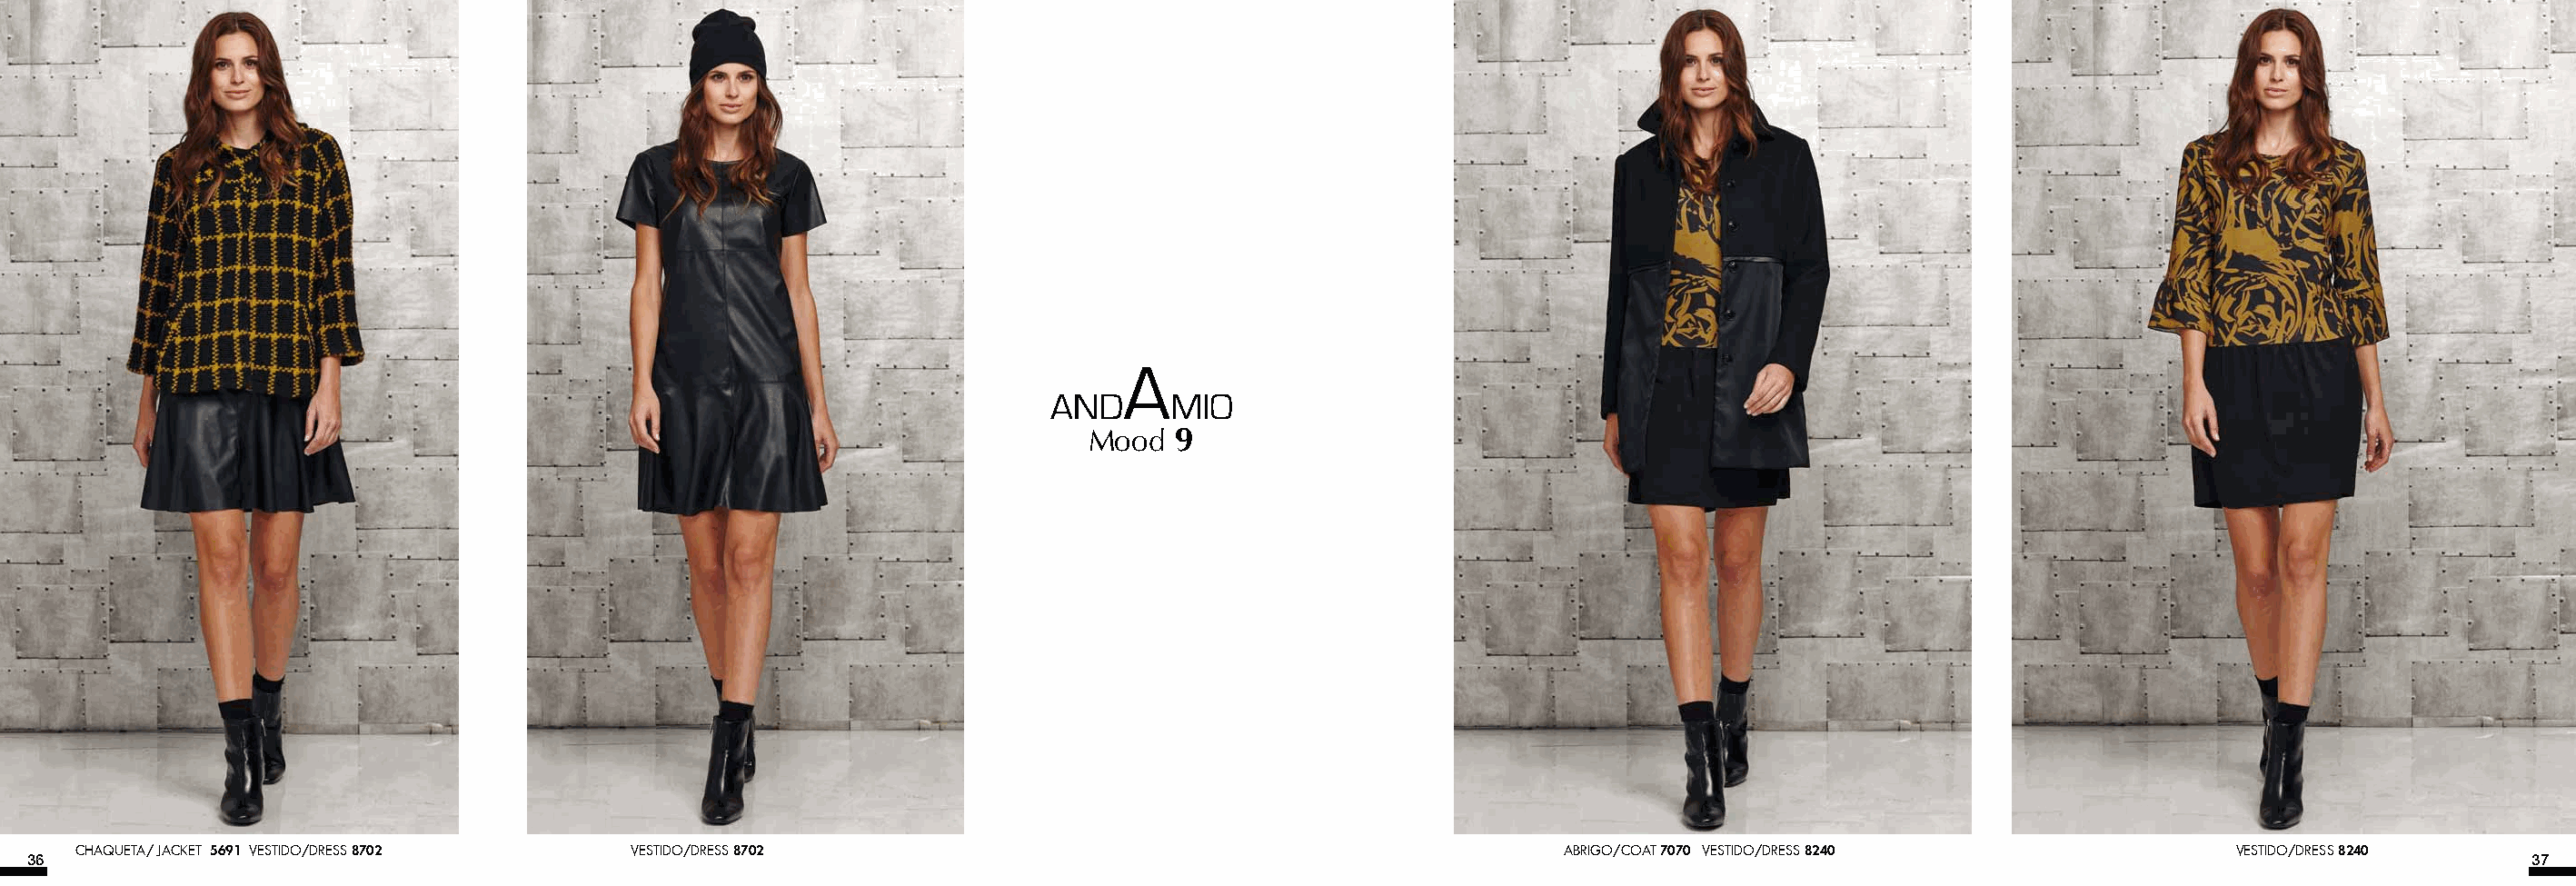
Mood   9
 CHAQUETA/ JACKET 5691 VESTIDO/DRESS 8702 VESTIDO/DRESS 8702                                                 ABRIGO/COAT 7070 VESTIDO/DRESS 8240              VESTIDO/DRESS 8240
 36                                                                                                                                                                                    37